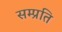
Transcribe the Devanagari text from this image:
सम्‍प्रति